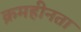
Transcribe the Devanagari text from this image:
क्रमहीनता